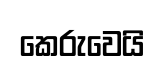
කෙරුවෙයි